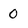
Character: 0